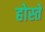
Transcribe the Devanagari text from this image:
होस्ते